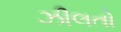
ઝીલતો